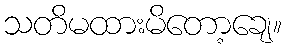
သတိမထားမိတော့ချေ။